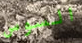
السوس